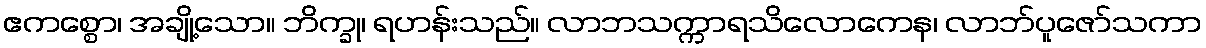
ဧကစ္စော၊ အချို့သော။ ဘိက္ခု၊ ရဟန်းသည်။ လာဘသက္ကာရသိလောကေန၊ လာဘ်ပူဇော်သကာ